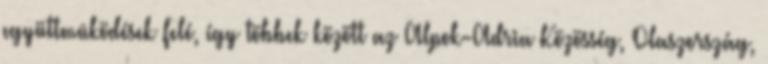
együttmûködések felé, így többek között az Alpok-Adria Közösség, Olaszország,